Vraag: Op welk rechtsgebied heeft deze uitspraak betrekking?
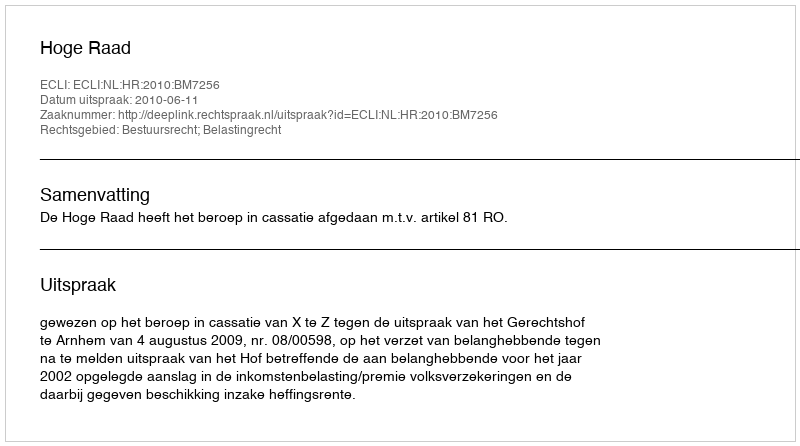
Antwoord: Bestuursrecht; Belastingrecht